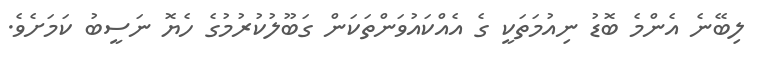
ލިބޭނެ އެންމެ ބޮޑު ނިއުމަތަކީ ގެ އެއްކައުވަންތަކަން ގަބޫލުކުރުމުގެ ހެޔޮ ނަސީބު ކަމަށެވެ.